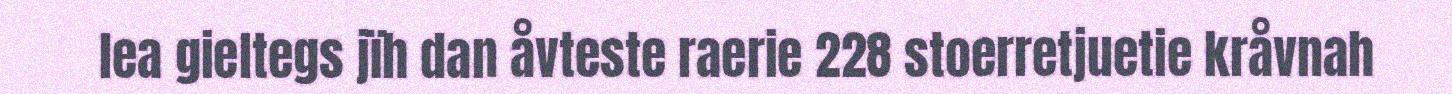
lea gieltegs jïh dan åvteste raerie 228 stoerretjuetie kråvnah